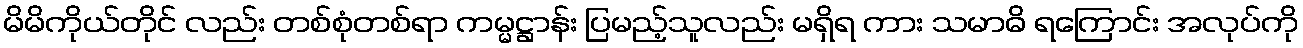
မိမိကိုယ်တိုင် လည်း တစ်စုံတစ်ရာ ကမ္မဋ္ဌာန်း ပြမည့်သူလည်း မရှိရ ကား သမာဓိ ရကြောင်း အလုပ်ကို